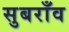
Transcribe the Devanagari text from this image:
सुबराँव